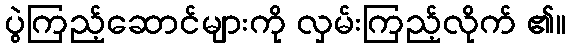
ပွဲကြည့်ဆောင်များကို လှမ်းကြည့်လိုက် ၏။